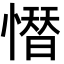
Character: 𢡄